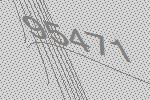
95471